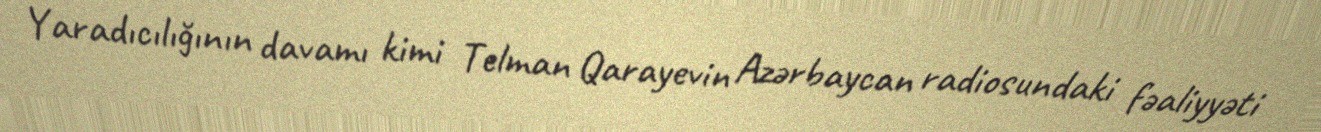
Yaradıcılığının davamı kimi Telman Qarayevin Azərbaycan radiosundaki fəaliyyəti